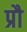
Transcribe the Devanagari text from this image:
प्रौ